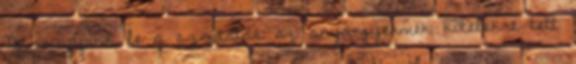
Ne mondjunk le a szoptatás az anya-gyermek kötelékre tett